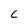
Character: c